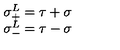
\begin{array} { l l } { \sigma _ { + } ^ { L } = \tau + \sigma } \\ { \sigma _ { - } ^ { L } = \tau - \sigma } \\ \end{array}